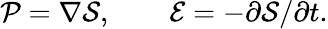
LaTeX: {\cal P}=\nabla{\cal S},\qquad{\cal E}=-\partial{\cal S}/\partial t.